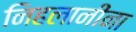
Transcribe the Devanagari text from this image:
निहलानींना